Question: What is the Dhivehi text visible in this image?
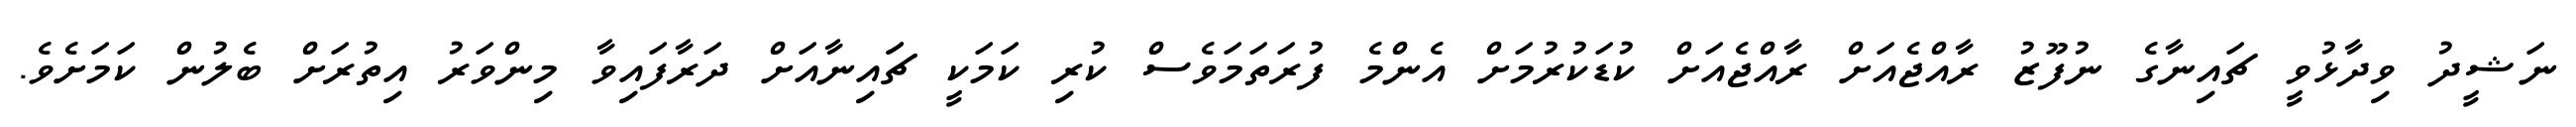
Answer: ނަޝީދު ވިދާޅުވީ ޗައިނާގެ ނުފޫޒު ރާއްޖެއަށް ރާއްޖެއަށް ކުޑަކުރުމަށް އެންމެ ފުރަތަމަވެސް ކުރި ކަމަކީ ޗަައިނާއަށް ދަރާފައިވާ މިންވަރު އިތުރަށް ބެލުން ކަމަށެވެ.